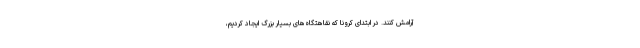
آرامش کنند. در ابتدای کرونا که نقاهتگاه‌های بسیار بزرگ ایجاد کردیم،